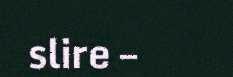
slire –